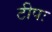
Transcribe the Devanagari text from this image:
टीपः